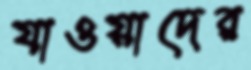
যাওয়াদের